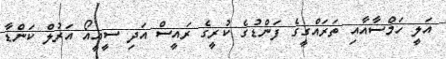
އަލީ ހަމްސާއާއި ތަރައްގީގެ ފަންޑުގެ ކުރީގެ ރައީސް އަދި ސީއީއޯ އަރުލް ކަންޑާ